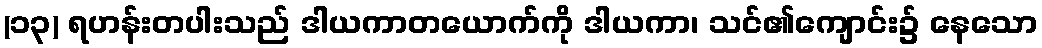
(၁၃) ရဟန်းတပါးသည် ဒါယကာတယောက်ကို ဒါယကာ၊ သင်၏ကျောင်း၌ နေသော